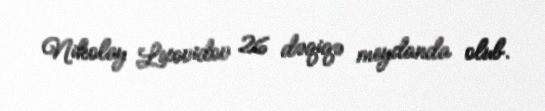
Nikolay Lixovidov 26 dəqiqə meydanda olub.